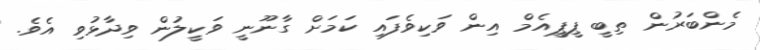
މެންބަރުން ތިބީ ޕީޕީއެމް އިން ވަކިވެފައި ކަމަށް ގާނޫނީ ވަކީލުން ވިދާޅުވި އެވެ.